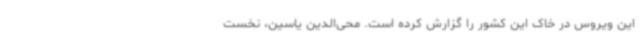
این ویروس در خاک این کشور را گزارش کرده است. محی‌الدین یاسین، نخست